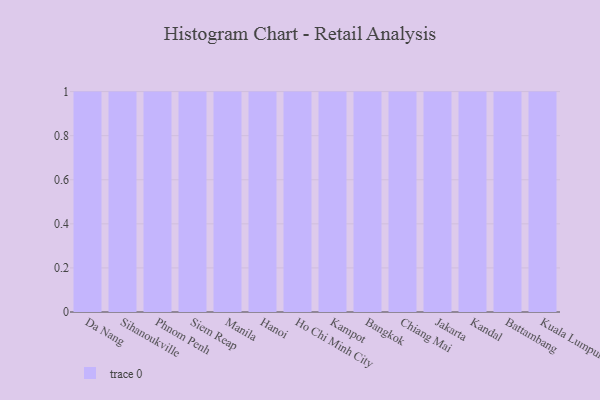
{"axis": {"x": "City", "y": "Backlog"}, "legend": [""], "data": [{"x": "Da Nang", "y": 57, "type": ""}, {"x": "Sihanoukville", "y": 96, "type": ""}, {"x": "Phnom Penh", "y": 15, "type": ""}, {"x": "Siem Reap", "y": 11, "type": ""}, {"x": "Manila", "y": 88, "type": ""}, {"x": "Hanoi", "y": 100, "type": ""}, {"x": "Ho Chi Minh City", "y": 72, "type": ""}, {"x": "Kampot", "y": 47, "type": ""}, {"x": "Bangkok", "y": 91, "type": ""}, {"x": "Chiang Mai", "y": 60, "type": ""}, {"x": "Jakarta", "y": 22, "type": ""}, {"x": "Kandal", "y": 20, "type": ""}, {"x": "Battambang", "y": 85, "type": ""}, {"x": "Kuala Lumpur", "y": 50, "type": ""}]}